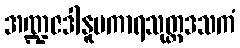
အဏ္ဍဇဒါနူပကာရသုတ္တဒသကံ